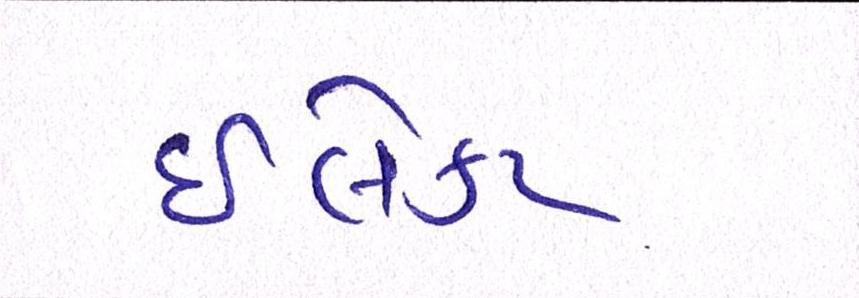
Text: ઈલેક્ટ